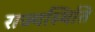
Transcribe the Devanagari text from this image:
राज्यस्थिति